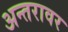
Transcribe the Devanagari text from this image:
अन्तरावर